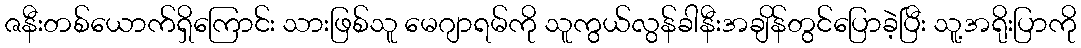
ဇနီးတစ်ယောက်ရှိကြောင်း သားဖြစ်သူ မေဂျာရမ်ကို သူကွယ်လွန်ခါနီးအချိန်တွင်ပြောခဲ့ပြီး သူ့အရိုးပြာကို